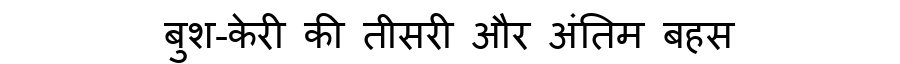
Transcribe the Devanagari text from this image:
बुश-केरी की तीसरी और अंतिम बहस